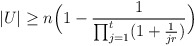
\begin{align*} |U|\geq n\Big(1-\frac{1}{\prod_{j=1}^t(1+\frac{1}{jr})}\Big) \end{align*}